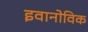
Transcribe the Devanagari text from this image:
इवानोविक